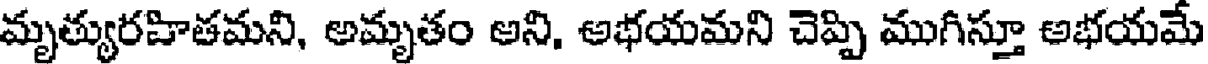
మృత్యురహితమని, అమృతం అని, అభయమని చెప్పి ముగిస్తూ అభయమే